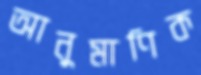
আনুমাণিক